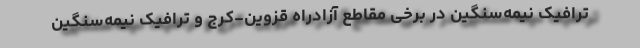
ترافیک نیمه‌سنگین در برخی مقاطع آزادراه قزوین-کرج و ترافیک نیمه‌سنگین